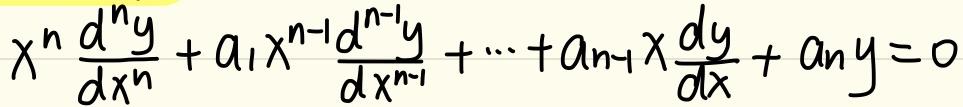
$x^{n}\frac{d^{n}y}{dx^{n}} + a_{1}x^{n - 1}\frac{d^{n - 1}y}{dx^{n - 1}} + \cdots + a_{n - 1}x\frac{dy}{dx} + a_{n}y = 0$